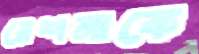
রেশমাকে